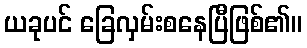
ယခုပင် ခြေလှမ်းစနေပြီဖြစ်၏။